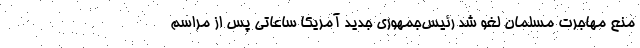
منع مهاجرت مسلمان لغو شد رئیس‌جمهوری جدید آمریکا ساعاتی پس از مراسم